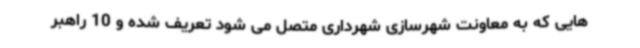
هایی که به معاونت شهرسازی شهرداری متصل می شود تعریف شده و 10 راهبر